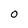
Character: O